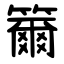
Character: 籋